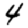
Digit: 4